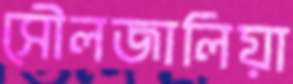
সৌলজালিয়া